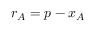
{ \boldsymbol { r } } _ { A } = { \boldsymbol { p } } - { \boldsymbol { x } } _ { A }